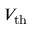
V _ { \mathrm { t h } }